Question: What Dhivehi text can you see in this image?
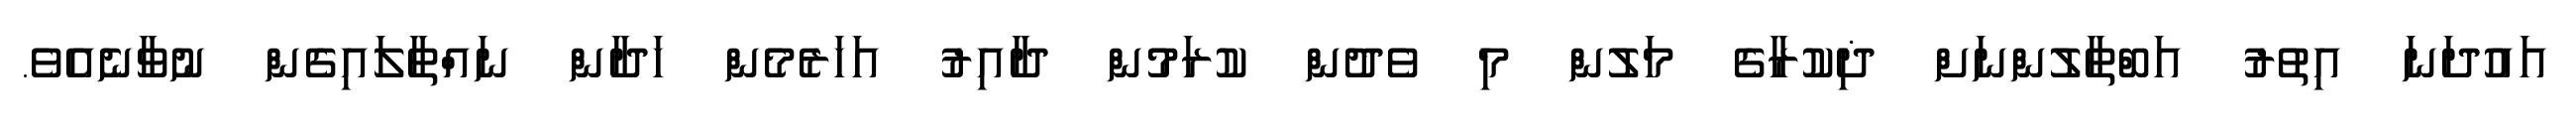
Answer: އައުދަނަ އިތުރު އަބްޠާލުންނަށް ޛިކުރާގެ މަލުން މި ވެދުން ކުރަމުން ދާއިރު އަހަރެމެން ހަދާން ނައްތާލައިގެން ނުވާނެއެވެ.